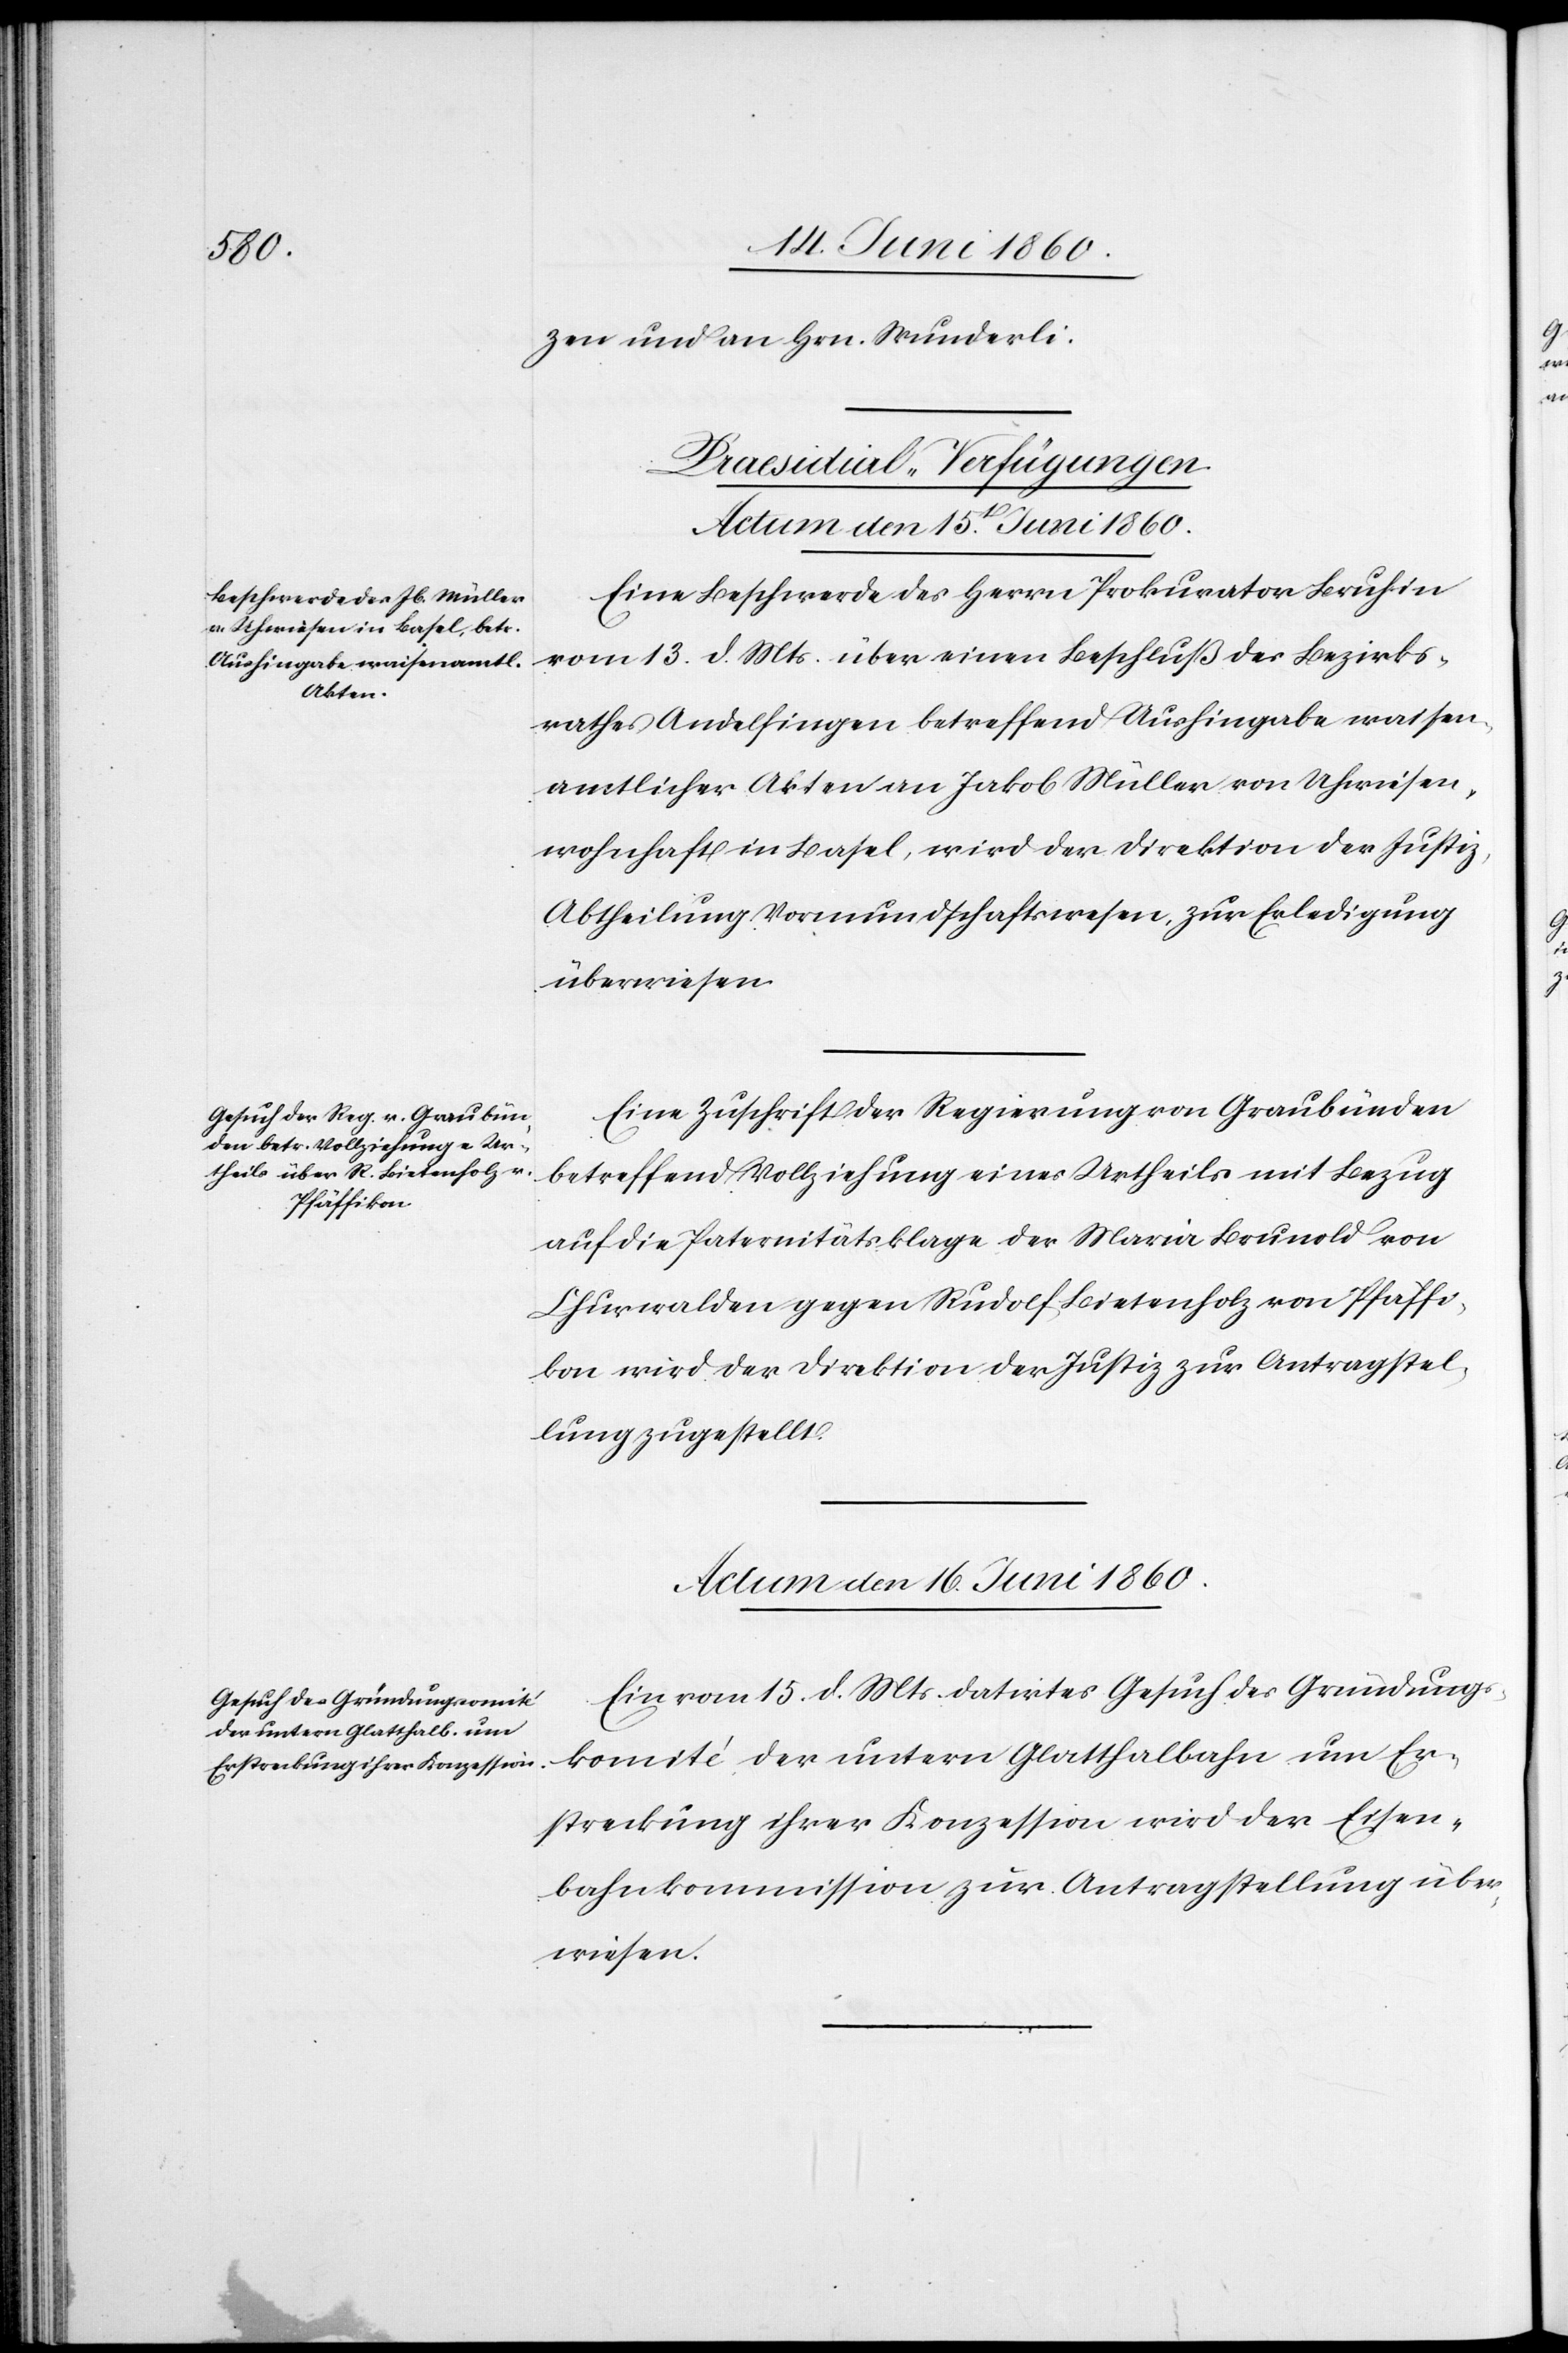
zen und an Hrn. Wunderli.
[Praesidial-Verfügungen.]
Actum den 15t Juni 1860.]
Eine Beschwerde des Herrn Prokurator Bruhin
vom 13. d. Mts. über einen Beschluß des Bezirks¬
rathes Andelfingen betreffend Aushingabe waisen¬
amtlicher Akten an Jakob Müller von Uhwiesen,
wohnhaft in Basel, wird der Direktion der Justiz,
Abtheilung Vormundschaftswesen, zur Erledigung
überwiesen.
Eine Zuschrift der Regierung von Graubünden
betreffend Vollziehung eines Urtheils mit Bezug
auf die Paternitätsklage der Maria Brunold von
Churwalden gegen Rudolf Bietenholz von Pfäffi¬
kon wird der Direktion der Justiz zur Antragstel¬
lung zugestellt,
Actum den 16. Juni 1860.
Ein vom 15. d. Mts. datirtes Gesuch des Gründungs¬
komité der untern Glatthalbahn um Er¬
streckung ihrer Konzession wird der Eisen¬
bahnkommission zur Antragstellung über¬
wiesen.